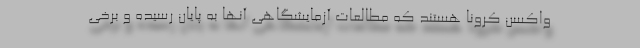
واکسن کرونا هستند که مطالعات آزمایشگاهی آنها به پایان رسیده و برخی